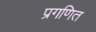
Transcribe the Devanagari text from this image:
प्रगणित